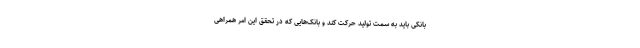
بانکی باید به سمت تولید حرکت کند و بانک‌هایی که در تحقق این امر همراهی